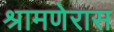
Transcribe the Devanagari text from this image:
श्रामणेरास